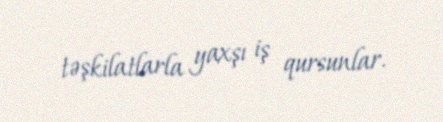
təşkilatlarla yaxşı iş qursunlar.